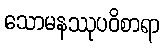
သောမနဿုပဝိစာရာ